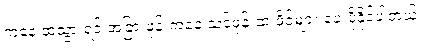
ကနေ ထဲသွားရင် အခြားဖုန်းကနေ သင့်ဖုန်းထံ ဖိုင်များ ပေးပို့နိုင်ပါတယ်။